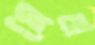
মেলা